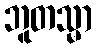
ဘူတသ္မာ